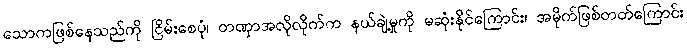
သောကဖြစ်နေသည်ကို ငြိမ်းစေပုံ၊ တဏှာအလိုလိုက်က နယ်ချဲ့မှုကို မဆုံးနိုင်ကြောင်း၊ အမိုက်ဖြစ်တတ်ကြောင်း